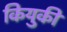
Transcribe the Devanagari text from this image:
कियुकी